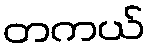
တကယ်